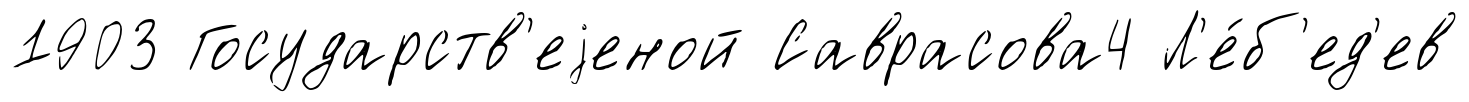
1903 Государств'еjеной Саврасова4 Л'е́б'ед'ев